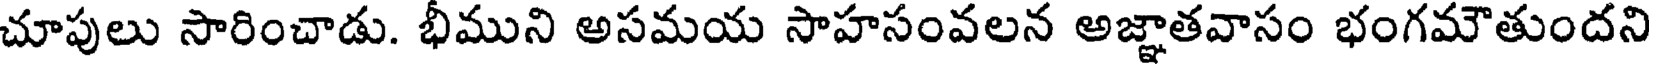
చూపులు సారించాడు. భీముని అసమయ సాహసంవలన అజ్ఞాతవాసం భంగమౌతుందని